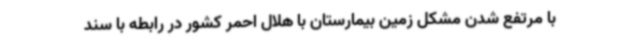
با مرتفع شدن مشکل زمین بیمارستان با هلال احمر کشور در رابطه با سند